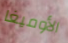
الأوميغا